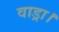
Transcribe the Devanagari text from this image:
वाड्रा।